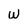
Character: w